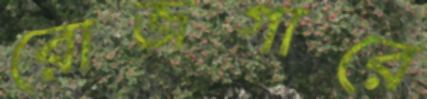
রোজগারে